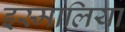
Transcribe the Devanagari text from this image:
इस्मालिया